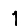
Digit: 1